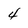
Character: 4